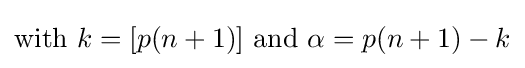
{\text{with }}k=[p(n+1)]{\text{ and }}\alpha =p(n+1)-k